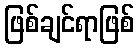
ဖြစ်ချင်ရာဖြစ်